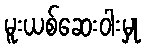
မူးယစ်ဆေးဝါးမှု